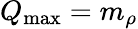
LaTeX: Q_{\mathrm{max}}=m_{\rho}